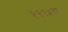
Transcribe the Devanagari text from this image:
१९९५चा